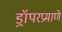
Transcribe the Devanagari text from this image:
ड्रॉपरप्रमाणे